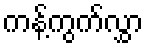
ကန့်ကွက်လွှာ